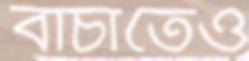
বাঁচাতেও